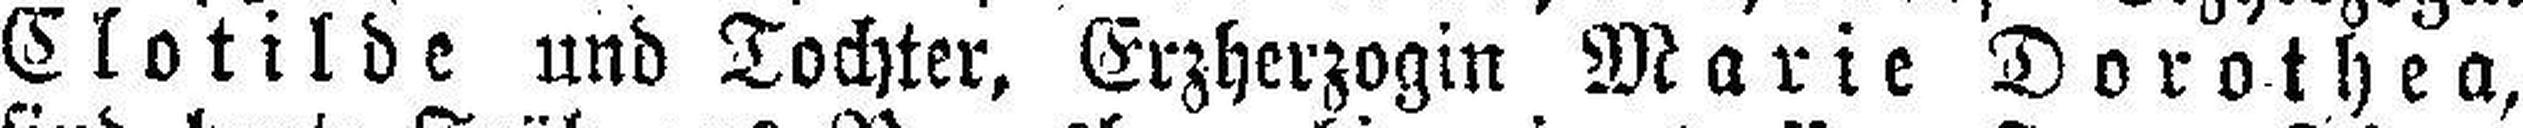
Clotilde und Tochter, Erzherzogin Marie Dorothea,